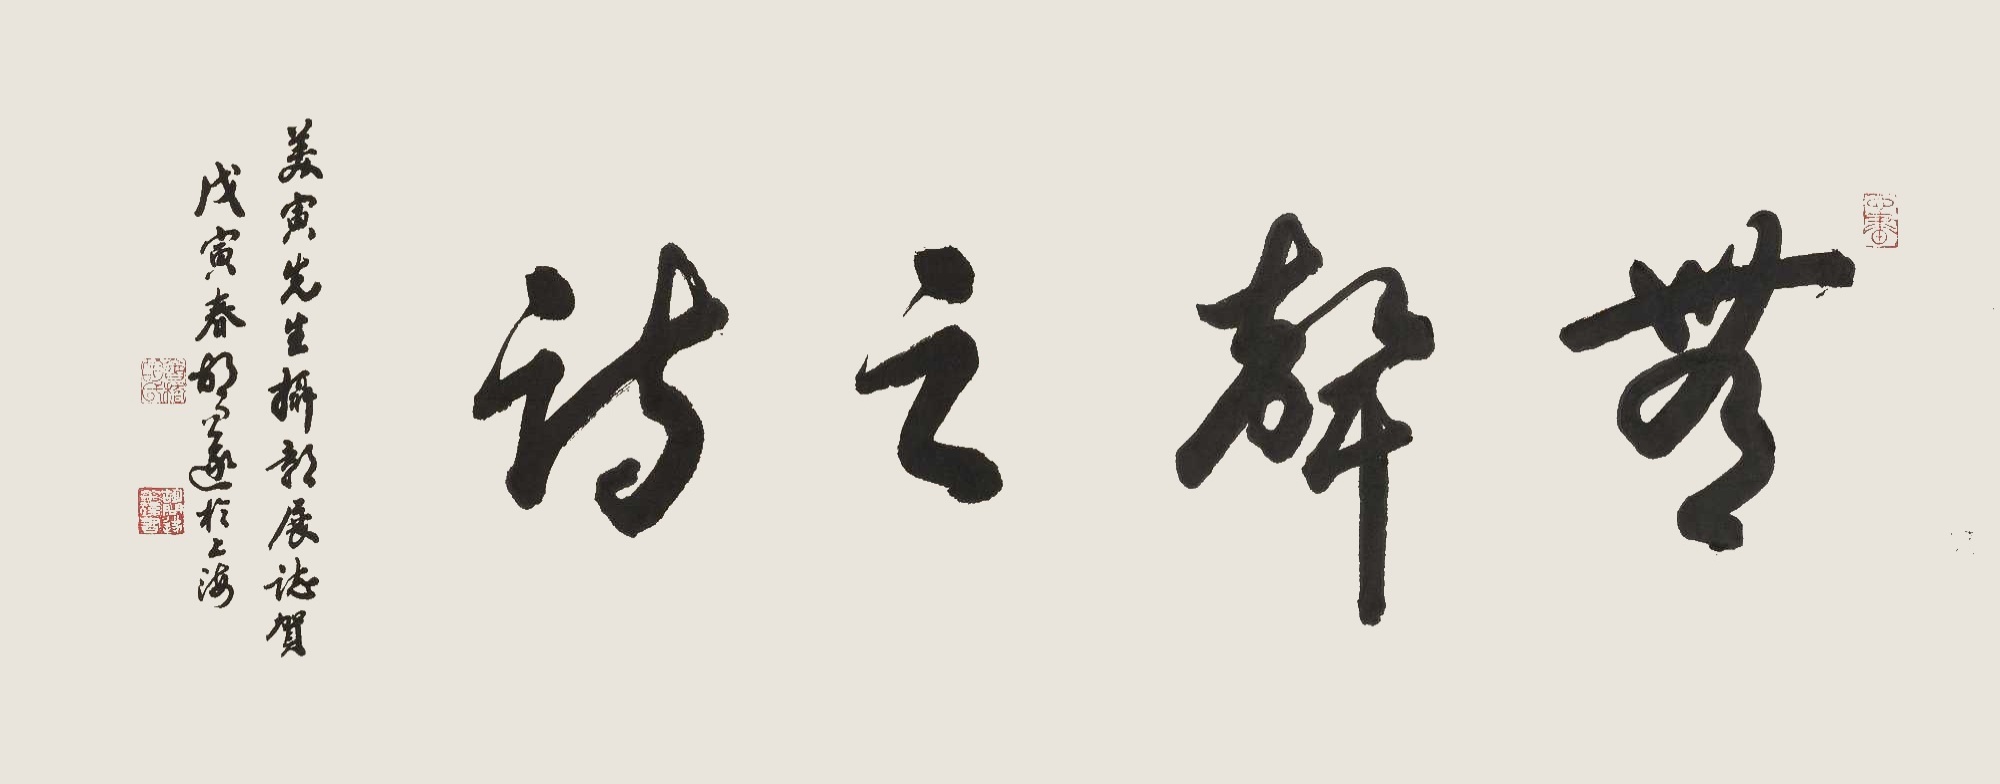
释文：无声之诗美寅先生摄影展志贺。戊寅春，胡问遂于上海。